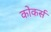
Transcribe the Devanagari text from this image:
कोकर्स